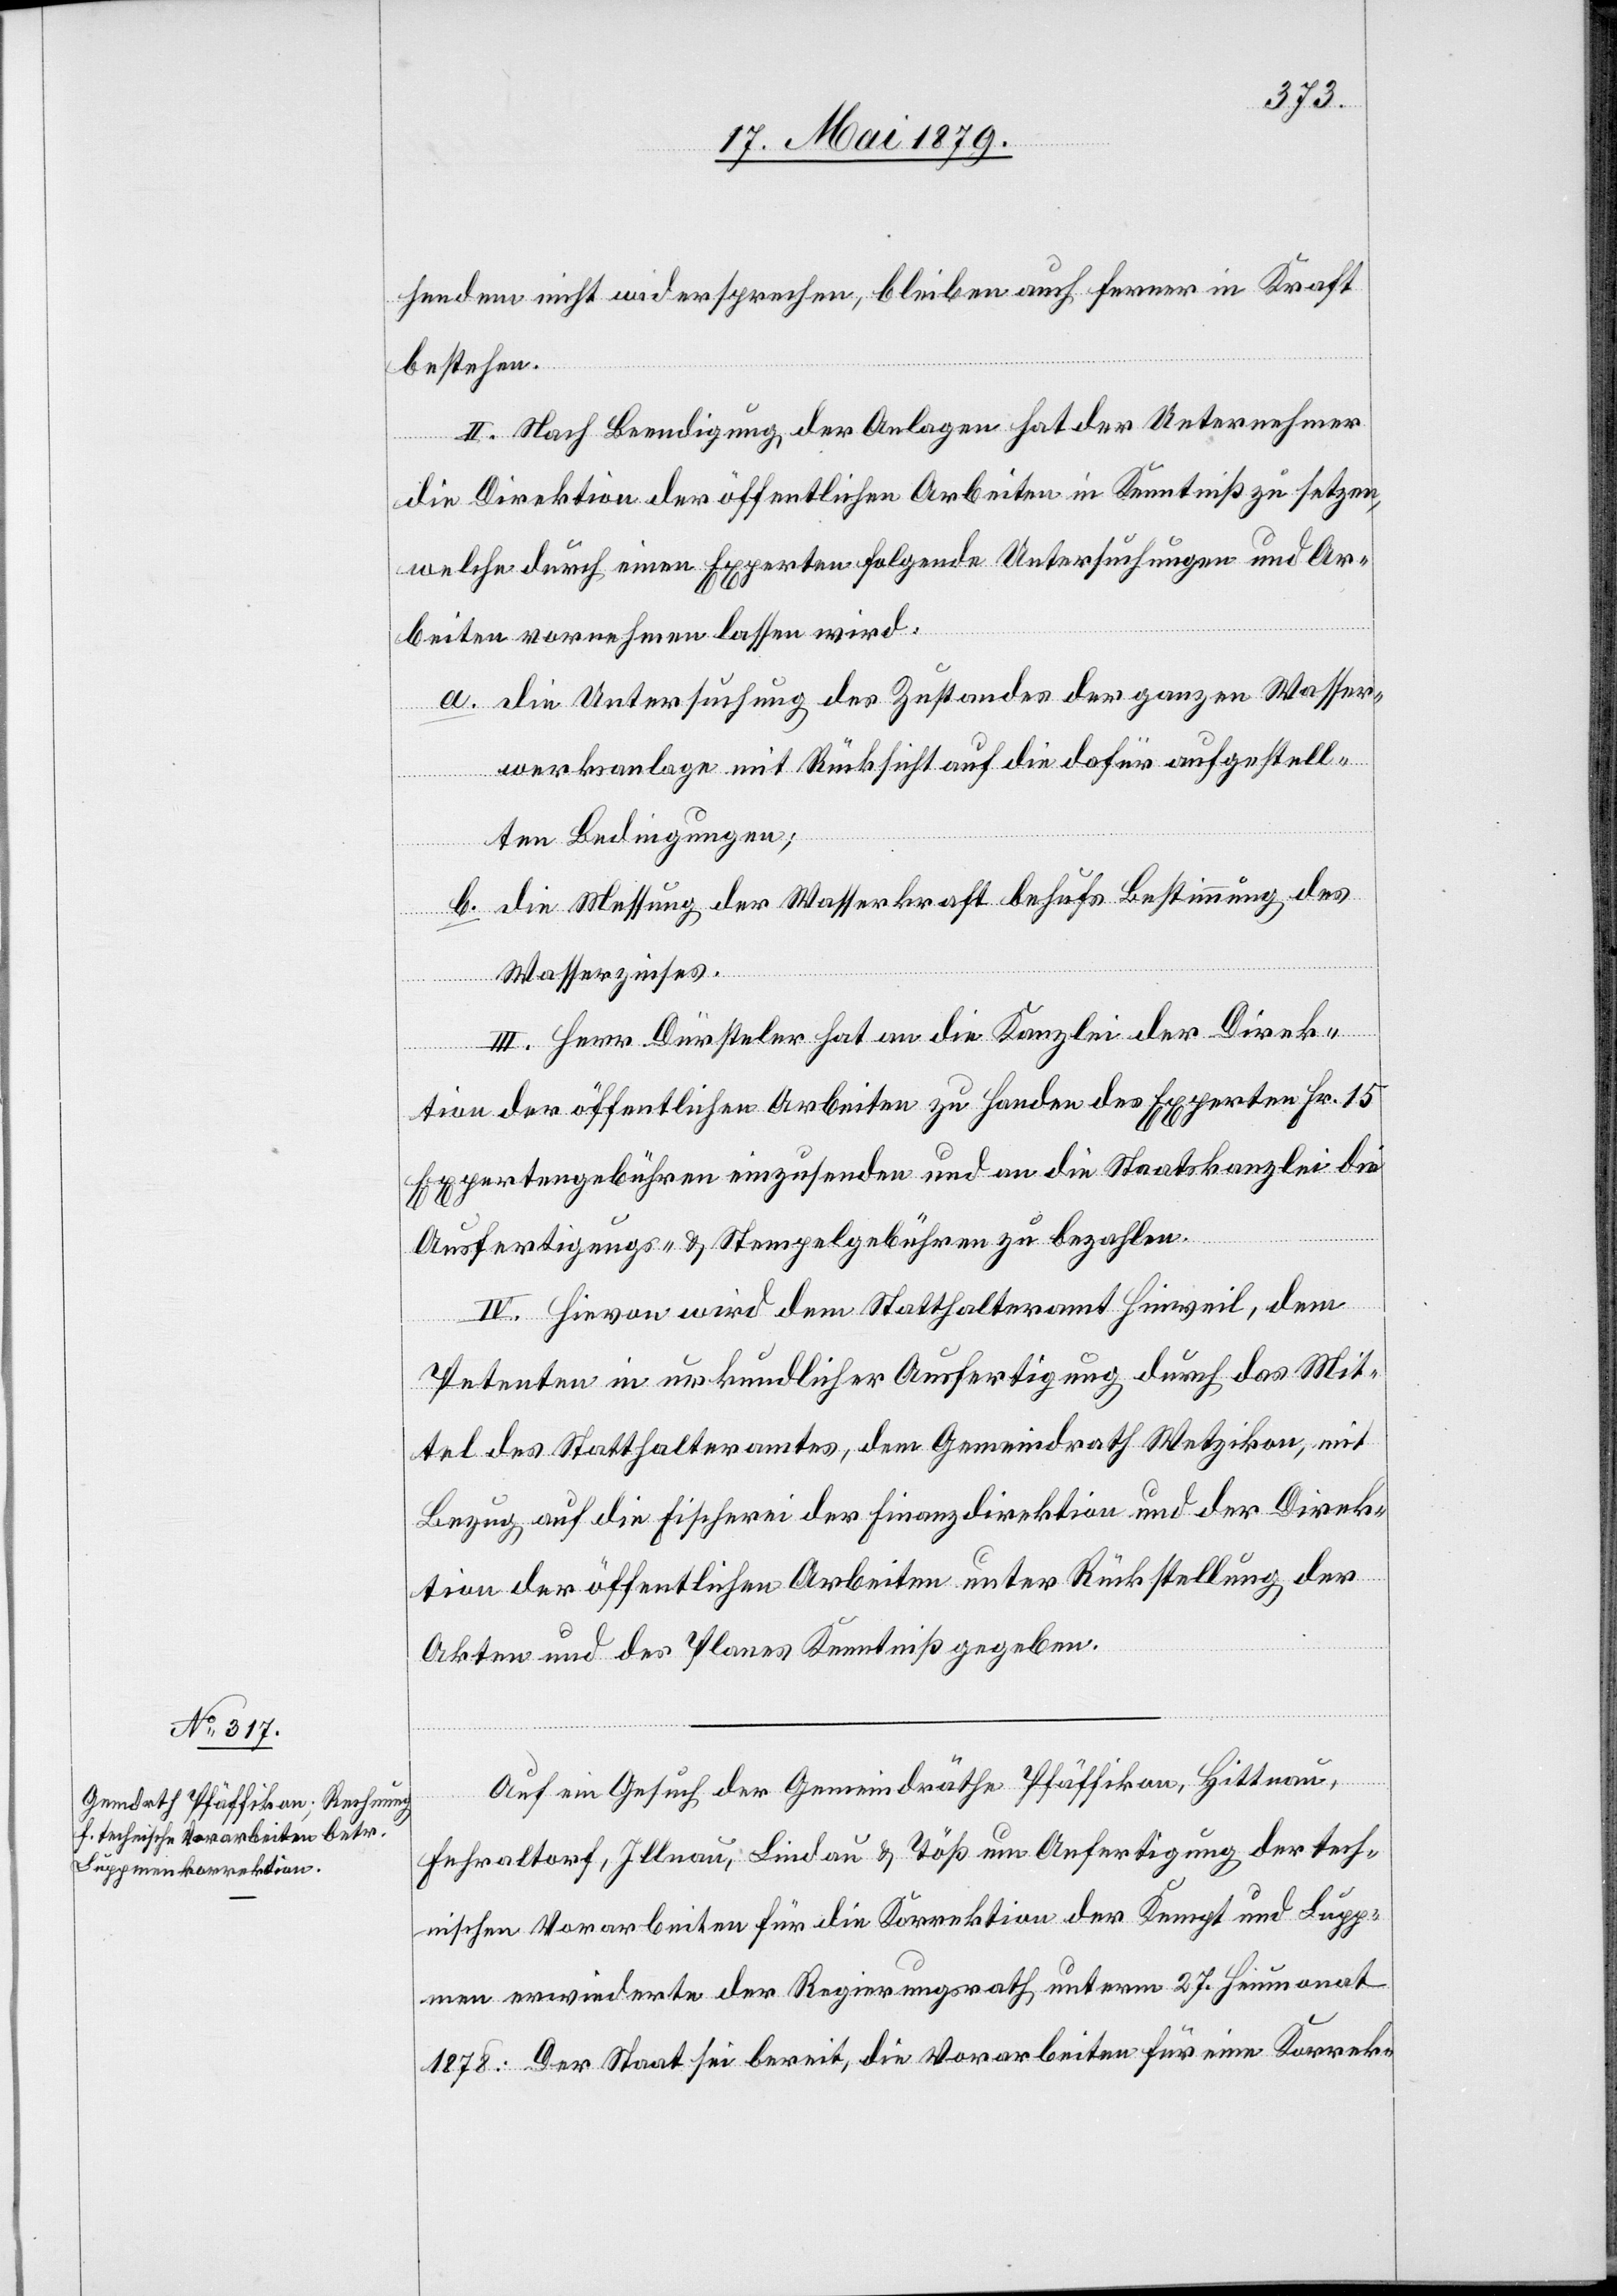
hendem nicht widersprechen, bleiben auch ferner in Kraft
bestehen.
II. Nach Beendigung der Anlagen hat der Unternehmer
die Direktion der öffentlichen Arbeiten in Kenntniß zu setzen,
welche durch einen Experten folgende Untersuchungen und Ar¬
beiten vornehmen lassen wird:
a. die Untersuchung des Zustandes der ganzen Wasser¬
werksanlage mit Rücksicht auf die dafür aufgestell¬
ten Bedingungen;
b. die Messung der Wasserkraft behufs Bestimmung des
Wasserzinses.
III. Herr Dürsteler hat an die Kanzlei der Direk¬
tion der öffentlichen Arbeiten zu Handen des Experten Fr. 15
Expertengebühren einzusenden und an die Staatskanzlei die
Ausfertigungs- & Stempelgebühren zu bezahlen.
IV. Hievon wird dem Statthalteramt Hinweil, dem
Petenten in urkundlicher Ausfertigung durch das Mit¬
tel des Statthalteramtes, dem Gemeindrath Wetzikon, mit
Bezug auf die Fischerei der Finanzdirektion und der Direk¬
tion der öffentlichen Arbeiten unter Rückstellung der
Akten und des Planes Kenntniß gegeben.
Auf ein Gesuch der Gemeindräthe Pfäffikon, Hittnau,
Fehraltorf, Illnau, Lindau & Töß um Anfertigung der tech¬
nischen Vorarbeiten für die Korrektion der Kempt und Lupp¬
men erwiederte der Regierungsrath unterm 27. Heumonat
1878: Der Staat sei bereit, die Vorarbeiten für eine Korrek-